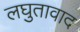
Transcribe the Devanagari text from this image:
लघुतावाद